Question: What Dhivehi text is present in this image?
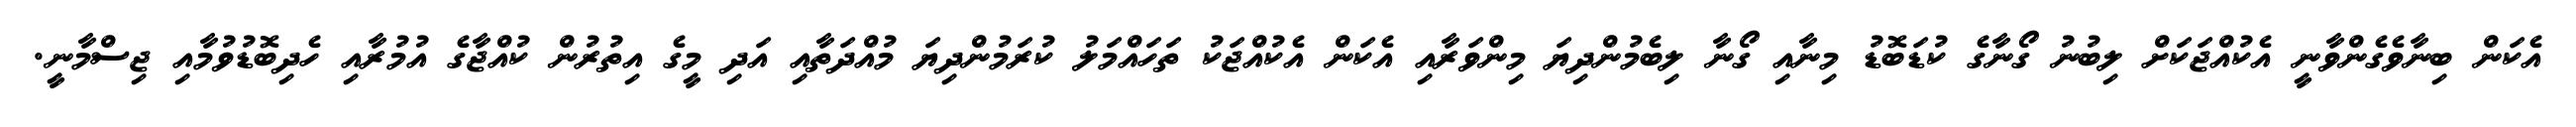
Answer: އެކަން ބިނާވެގެންވާނީ އެކުއްޖަކަށް ލިބުނު ގޯނާގެ ކުޑަބޮޑު މިނާއި ގޯނާ ލިބެމުންދިޔަ މިންވަރާއި އެކަން އެކުއްޖަކު ތަހައްމަލު ކުރަމުންދިޔަ މުއްދަތާއި އަދި މީގެ އިތުރުން ކުއްޖާގެ އުމުރާއި ހެދިބޮޑުވުމާއި ޖިސްމާނީ.